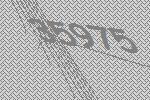
35975